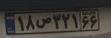
۱۸ص۳۲۱۶۶